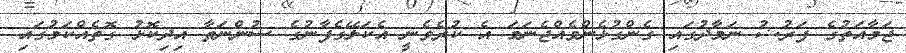
ޖަމާއަތުގެ ފަރުޟު ނަމާދުގައި ގެންގުޅެންވެއްޖެނަމަ އެ ކުރެވެނީ އެކަލޭގެފާނުގެ ސުންނަތާ އިދިކޮޅު ގޮތެއްކަމުގައި